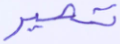
تصير